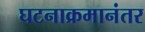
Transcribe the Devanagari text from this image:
घटनाक्रमानंतर